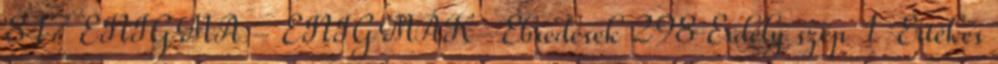
847 ENIGMA - ENIGMÁK-Ébredések 298 Erdély szép 1 Értékes